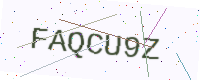
Text: FAQCU9Z